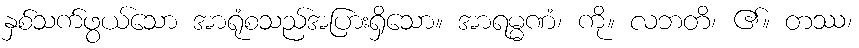
နှစ်သက်ဖွယ်သော အာရုံစသည်အပြားရှိသော။ အာရမ္မဏံ၊ ကို။ လဘတိ၊ ၏။ တဿ၊